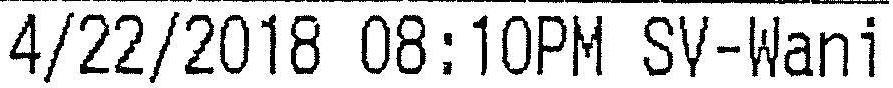
4/22/2018 08:10PM SV-WANI